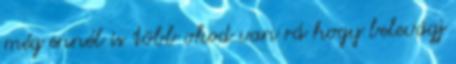
még ennél is több okod van rá hogy belevágj